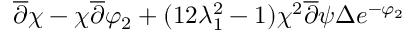
\overline { { { \partial } } } \chi - \chi \overline { { { \partial } } } \varphi _ { 2 } + ( { 1 \o { 2 \lambda _ { 1 } ^ { 2 } } } - 1 ) { { \chi ^ { 2 } \overline { { { \partial } } } \psi } \o \Delta } e ^ { - \varphi _ { 2 } }